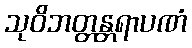
သုဝိဘတ္တန္တရာပဏံ